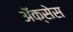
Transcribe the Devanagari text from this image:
अॅक्सेस